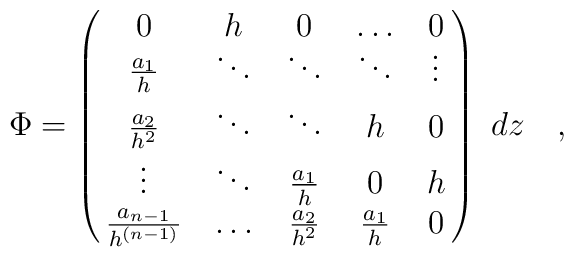
\Phi=\pmatrix{   0   &   h    &   0  &\ldots& 0\cr                {a_1 \over h}  & \ddots &\ddots&\ddots&\vdots \cr              {a_{2}\over h^2}  & \ddots &\ddots&  h  & 0\cr              \vdots & \ddots & {a_1\over h}  &  0  & h \cr{a_{n-1}\over h^{(n-1)}}& \ldots & {a_2\over h^2}  & {a_1\over h} & 0}~dz\quad,